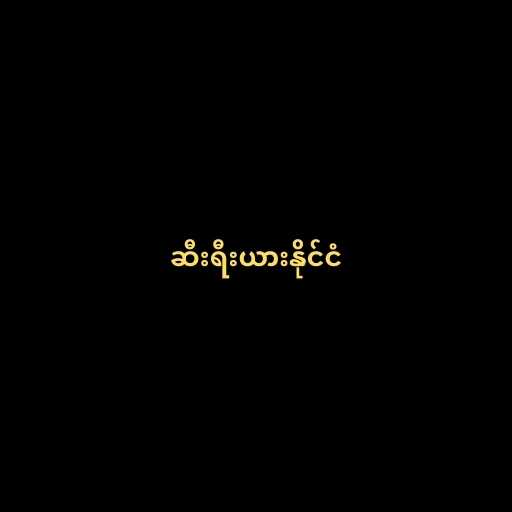
ဆီးရီးယားနိုင်ငံ